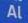
al